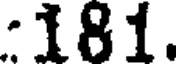
:181.